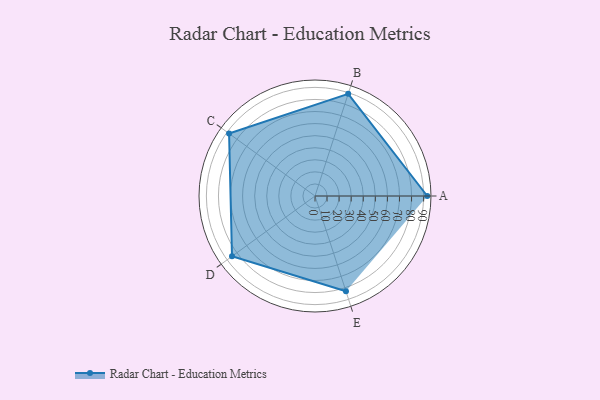
{"axis": {"x": "Skill", "y": "Score"}, "legend": ["Profile"], "data": [{"x": "A", "y": 93.0, "type": "Profile"}, {"x": "B", "y": 89.0, "type": "Profile"}, {"x": "C", "y": 88.0, "type": "Profile"}, {"x": "D", "y": 85.0, "type": "Profile"}, {"x": "E", "y": 83.0, "type": "Profile"}]}